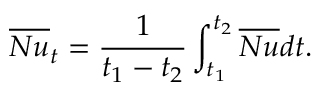
\overline { { N u } } _ { t } = \frac { 1 } { t _ { 1 } - t _ { 2 } } \int _ { t _ { 1 } } ^ { t _ { 2 } } \overline { { N u } } d t .